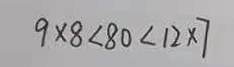
9 \times 8 < 8 0 < 1 2 \times 7